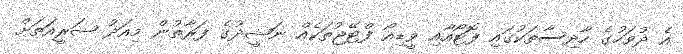
އެ ދުވަހުގެ ހާދިސާތަކުގައި ފޮޓޯއާއި ވީޑިއޯ ފްޓޭޖުތަކެއް ނަޝީދުގެ ފަރާތުން މިއަދު ޝަރީއަތަށް